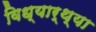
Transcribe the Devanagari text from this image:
विध्यार्थ्या